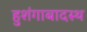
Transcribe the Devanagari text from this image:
हुशंगाबादस्थ